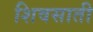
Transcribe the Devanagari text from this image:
शिवसाती